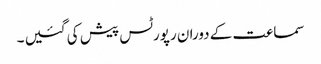
سماعت کے دوران رپورٹس پیش کی گئیں ۔